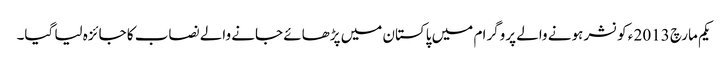
یکم مارچ 2013 ء کو نشر ہونے والے پروگرا م میں پاکستان میں پڑھائے جانے والے نصاب کا جائزہ لیا گیا۔